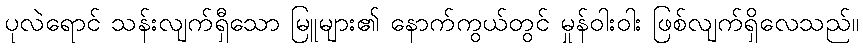
ပုလဲရောင် သန်းလျက်ရှီသော မြူများ၏ နောက်ကွယ်တွင် မှုန်ဝါးဝါး ဖြစ်လျက်ရှိလေသည်။